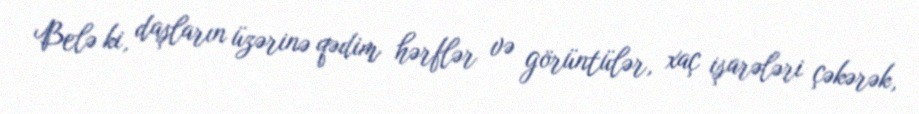
Belə ki, daşların üzərinə qədim hərflər və görüntülər, xaç işarələri çəkərək,